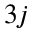
3 j